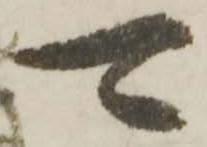
可